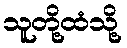
သူတို့ထံသို့